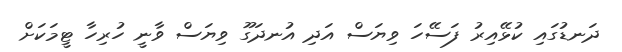
ދަނޑުގައި ކުޅޭއިރު ފަސޭހަ ވިޔަސް އަދި އުނދަގޫ ވިޔަސް ވާނީ ހުރިހާ ޓީމަކަށް